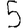
Digit: 5